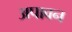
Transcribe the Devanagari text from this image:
अपावन